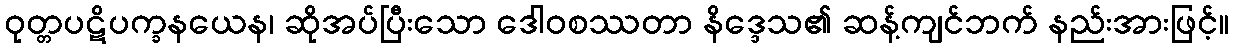
ဝုတ္တပဋိပက္ခနယေန၊ ဆိုအပ်ပြီးသော ဒေါဝစဿတာ နိဒ္ဒေသ၏ ဆန့်ကျင်ဘက် နည်းအားဖြင့်။